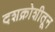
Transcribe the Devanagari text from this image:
दशक्रोशीतून